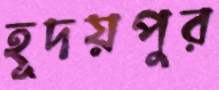
হূদয়পুর